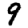
Digit: 9